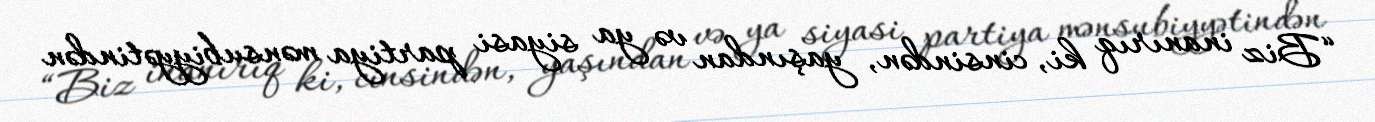
“Biz inanırıq ki, cinsindən, yaşından və ya siyasi partiya mənsubiyyətindən